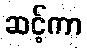
ဆင့်ကာ